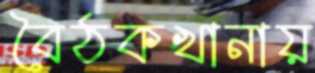
বৈঠকখানায়